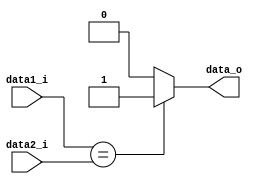
module Equal5
(
    data1_i, data2_i,
    data_o
);

input   [4:0]   data1_i, data2_i;
output  reg     data_o;

always@(data1_i or data2_i) begin
    if(data1_i==data2_i)
        data_o = 1;
    else
        data_o = 0;
end

endmodule